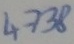
Text: 4738